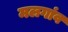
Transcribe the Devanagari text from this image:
मलगांव